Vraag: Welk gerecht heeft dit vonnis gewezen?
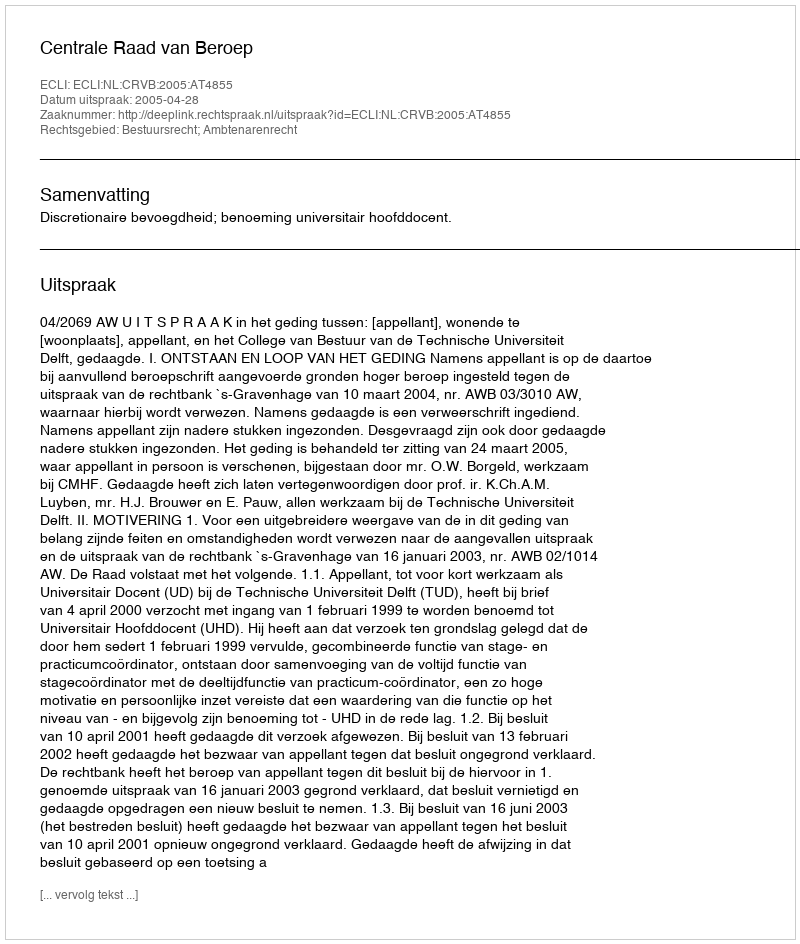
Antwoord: Centrale Raad van Beroep